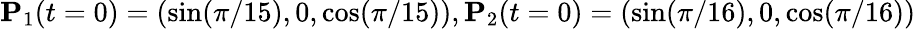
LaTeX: \mathbf P_{1}(t=0)=(\sin(\pi/15),0,\cos(\pi/15)),\mathbf P_{2}(t=0)=(\sin(\pi/16),0,\cos(\pi/16))